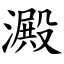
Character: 澱